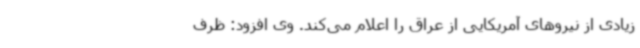
زیادی از نیروهای آمریکایی از عراق را اعلام می‌کند. وی افزود: ظرف‌